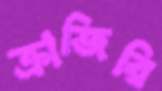
ক্রাজিরি